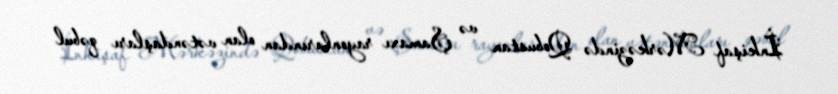
İnkişaf Mərkəzində Qobustan və Şamaxı rayonlarından olan vətəndaşları qəbul